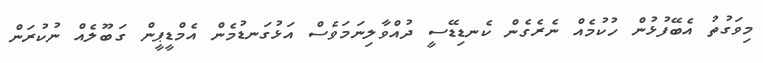
މިވަގުތު އެބޭފުޅުން ހުކުމެއް ނެރެގެން ކެނޑިޑޭސީ ދުއްވާލިނަމަވެސް އަޅުގަނޑުމެން އެމްޑީޕީން ގަބޫލެއް ނުކުރަން